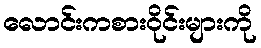
လောင်းကစားဝိုင်းများကို